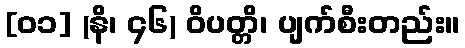
[၀၁] (နိ၊ ၄၆) ဝိပတ္တိ၊ ပျက်စီးတည်း။